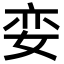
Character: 娈